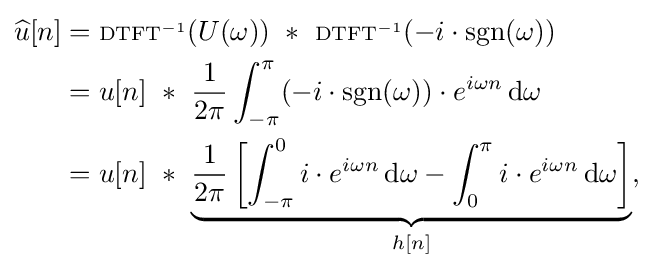
{\begin{aligned}{\widehat {u}}[n]&={\scriptstyle \mathrm {DTFT} ^{-1}}(U(\omega ))\ *\ {\scriptstyle \mathrm {DTFT} ^{-1}}(-i\cdot \operatorname {sgn} (\omega ))\\&=u[n]\ *\ {\frac {1}{2\pi }}\int _{-\pi }^{\pi }(-i\cdot \operatorname {sgn} (\omega ))\cdot e^{i\omega n}\,\mathrm {d} \omega \\&=u[n]\ *\ \underbrace {{\frac {1}{2\pi }}\left[\int _{-\pi }^{0}i\cdot e^{i\omega n}\,\mathrm {d} \omega -\int _{0}^{\pi }i\cdot e^{i\omega n}\,\mathrm {d} \omega \right]} _{h[n]},\end{aligned}}